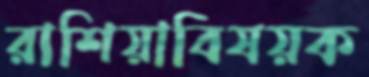
রাশিয়াবিষয়ক